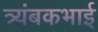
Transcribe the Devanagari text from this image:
त्र्यंबकभाई